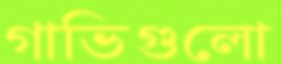
গাভিগুলো